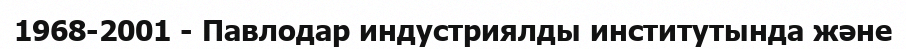
1968-2001 - Павлодар индустриялды институтында және